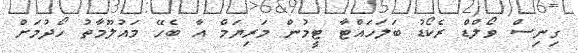
ގިނިސް ވޯލްޑް ރެކޯޑު ބަލަހައްޓާ ޓީމުން މަރިޔަމް އާ ބެހޭ މައުލޫމާތު ހޯދުމަށް